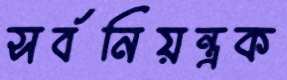
সর্বনিয়ন্ত্রক